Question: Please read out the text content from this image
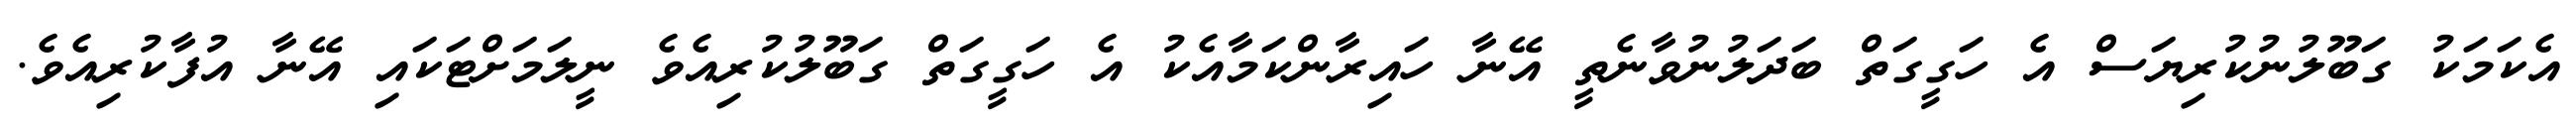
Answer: އެކަމަކު ގަބޫލުނުކުރިޔަސް އެ ހަގީގަތް ބަދަލުނުވާނެތީ އޭނާ ހައިރާންކަމާއެކު އެ ހަގީގަތް ގަބޫލުކުރިއެވެ ނީލަމަށްޓަކައި އޭނާ އުފާކުރިއެވެ.